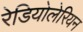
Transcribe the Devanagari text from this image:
रेडियोलेरियन